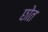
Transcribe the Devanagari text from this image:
छोत